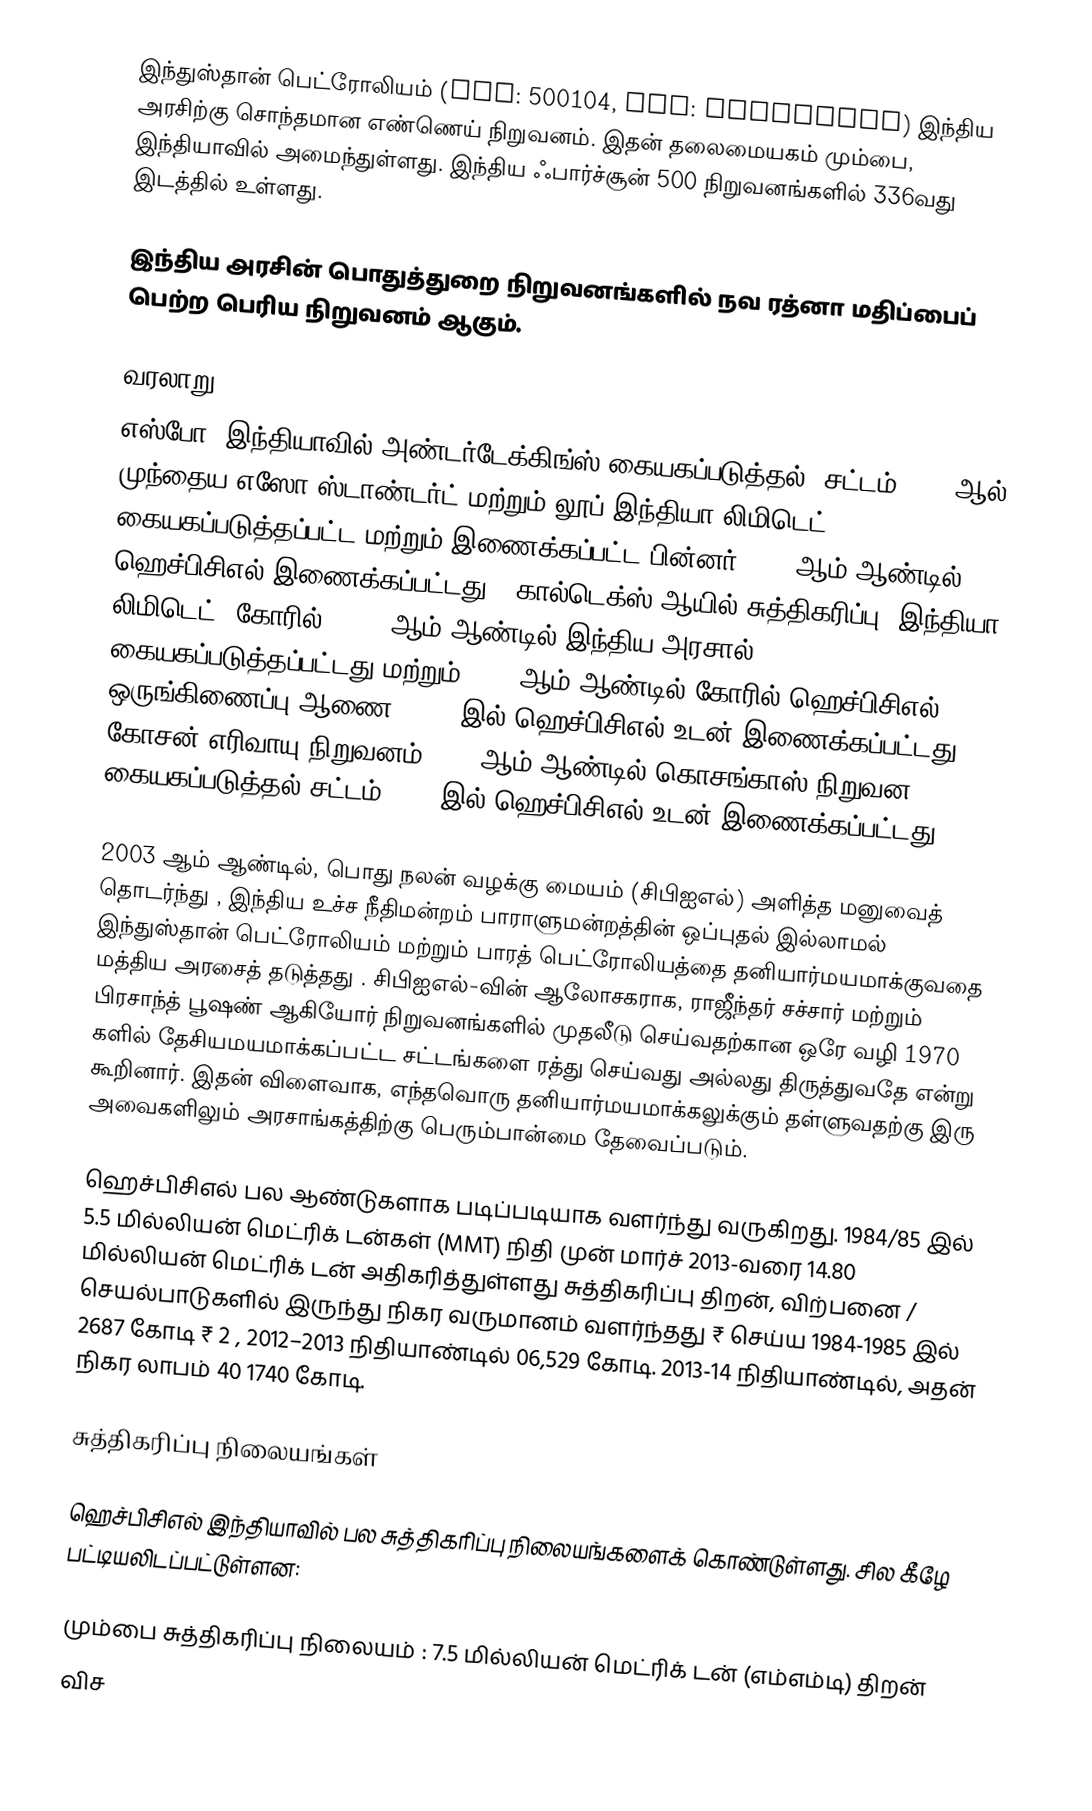
இந்துஸ்தான் பெட்ரோலியம் (BSE: 500104, NSE: HINDPETRO) இந்திய அரசிற்கு சொந்தமான எண்ணெய் நிறுவனம். இதன் தலைமையகம்  மும்பை, இந்தியாவில் அமைந்துள்ளது. இந்திய ஃபார்ச்சூன் 500 நிறுவனங்களில் 336வது இடத்தில் உள்ளது.

இந்திய அரசின் பொதுத்துறை நிறுவனங்களில் நவ ரத்னா மதிப்பைப் பெற்ற  பெரிய நிறுவனம் ஆகும்.

வரலாறு
எஸ்போ (இந்தியாவில் அண்டர்டேக்கிங்ஸ் கையகப்படுத்தல்) சட்டம் 1974 ஆல் முந்தைய எஸோ ஸ்டாண்டர்ட் மற்றும் லூப் இந்தியா லிமிடெட் கையகப்படுத்தப்பட்ட மற்றும் இணைக்கப்பட்ட பின்னர் 1974 ஆம் ஆண்டில் ஹெச்பிசிஎல் இணைக்கப்பட்டது . கால்டெக்ஸ் ஆயில் சுத்திகரிப்பு (இந்தியா) லிமிடெட் (கோரில்) 1976 ஆம் ஆண்டில் இந்திய அரசால் கையகப்படுத்தப்பட்டது மற்றும் 1978 ஆம் ஆண்டில் கோரில்-ஹெச்பிசிஎல் ஒருங்கிணைப்பு ஆணை, 1978 இல் ஹெச்பிசிஎல் உடன் இணைக்கப்பட்டது . கோசன் எரிவாயு நிறுவனம் 1979 ஆம் ஆண்டில் கொசங்காஸ் நிறுவன கையகப்படுத்தல் சட்டம் 1979 இல் ஹெச்பிசிஎல் உடன் இணைக்கப்பட்டது .

2003 ஆம் ஆண்டில், பொது நலன் வழக்கு மையம் (சிபிஐஎல்) அளித்த மனுவைத் தொடர்ந்து , இந்திய உச்ச நீதிமன்றம் பாராளுமன்றத்தின் ஒப்புதல் இல்லாமல் இந்துஸ்தான் பெட்ரோலியம் மற்றும் பாரத் பெட்ரோலியத்தை தனியார்மயமாக்குவதை மத்திய அரசைத் தடுத்தது . சிபிஐஎல்-வின் ஆலோசகராக, ராஜீந்தர் சச்சார் மற்றும் பிரசாந்த் பூஷண் ஆகியோர் நிறுவனங்களில் முதலீடு செய்வதற்கான ஒரே வழி 1970 களில் தேசியமயமாக்கப்பட்ட சட்டங்களை ரத்து செய்வது அல்லது திருத்துவதே என்று கூறினார். இதன் விளைவாக, எந்தவொரு தனியார்மயமாக்கலுக்கும் தள்ளுவதற்கு இரு அவைகளிலும் அரசாங்கத்திற்கு பெரும்பான்மை தேவைப்படும்.

ஹெச்பிசிஎல் பல ஆண்டுகளாக படிப்படியாக வளர்ந்து வருகிறது. 1984/85 இல் 5.5 மில்லியன் மெட்ரிக் டன்கள் (MMT) நிதி முன் மார்ச் 2013-வரை 14.80 மில்லியன் மெட்ரிக் டன் அதிகரித்துள்ளது சுத்திகரிப்பு திறன், விற்பனை / செயல்பாடுகளில் இருந்து நிகர வருமானம் வளர்ந்தது ₹ செய்ய 1984-1985 இல் 2687 கோடி ₹ 2 , 2012–2013 நிதியாண்டில் 06,529 கோடி. 2013-14 நிதியாண்டில், அதன் நிகர லாபம் 40 1740 கோடி.

சுத்திகரிப்பு நிலையங்கள்

ஹெச்பிசிஎல் இந்தியாவில் பல சுத்திகரிப்பு நிலையங்களைக் கொண்டுள்ளது. சில கீழே பட்டியலிடப்பட்டுள்ளன:

மும்பை சுத்திகரிப்பு நிலையம் : 7.5 மில்லியன் மெட்ரிக் டன் (எம்எம்டி) திறன்
விச